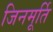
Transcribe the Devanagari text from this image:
जिनमूर्ति